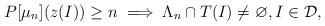
LaTeX: \begin{align*}P[\mu_n](z(I))\ge n \implies \Lambda_n\cap T(I)\not =\varnothing, I\in \mathcal D,\end{align*}